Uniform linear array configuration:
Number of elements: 24
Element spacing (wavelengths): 0.75
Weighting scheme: blackman
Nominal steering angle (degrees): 0
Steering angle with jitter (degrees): -0.9035
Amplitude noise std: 0.05
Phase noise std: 0.05

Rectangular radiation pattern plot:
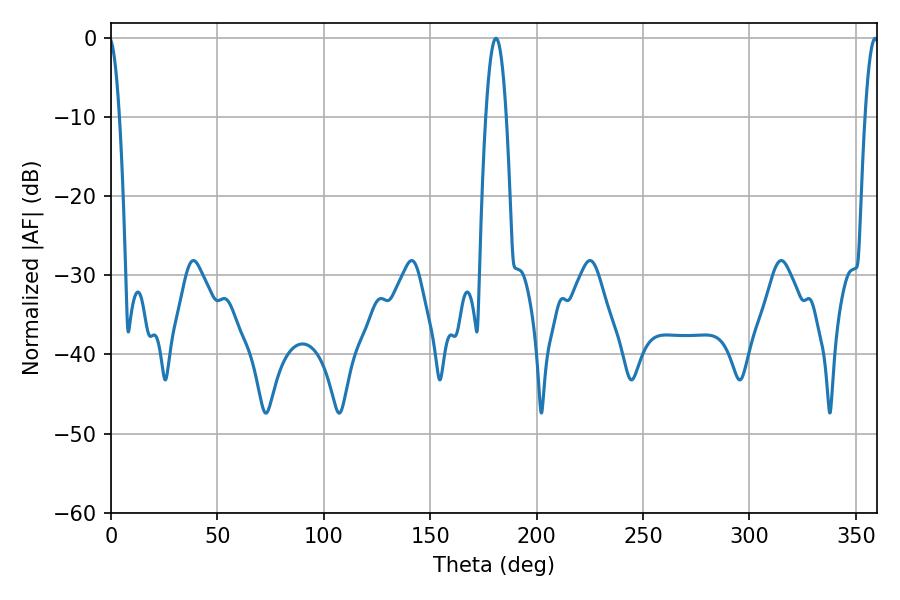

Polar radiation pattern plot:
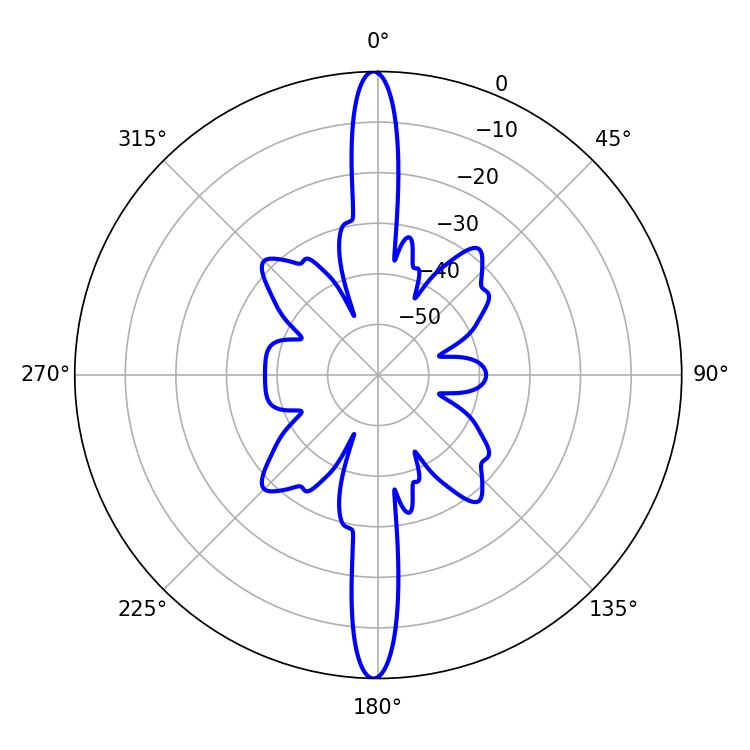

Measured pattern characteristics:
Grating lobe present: TRUE
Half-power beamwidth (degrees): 5.4
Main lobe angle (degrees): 180.9